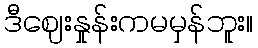
ဒီဈေးနှုန်းကမမှန်ဘူး။